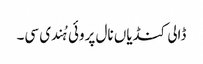
ڈالی کنڈیاں نال پروئی ہُندی سی۔